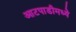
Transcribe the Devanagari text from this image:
आटपाडीमध्ये